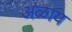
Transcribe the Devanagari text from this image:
अळाय